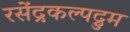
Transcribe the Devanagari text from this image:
रसेंद्रकल्पद्रुम